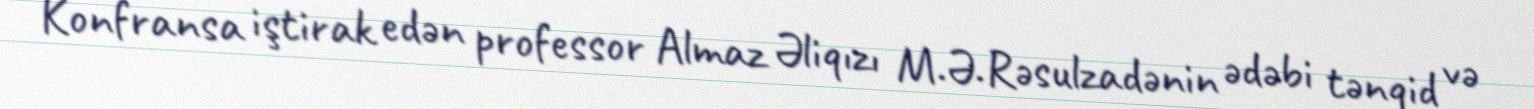
Konfransa iştirak edən professor Almaz Əliqızı M.Ə.Rəsulzadənin ədəbi tənqid və